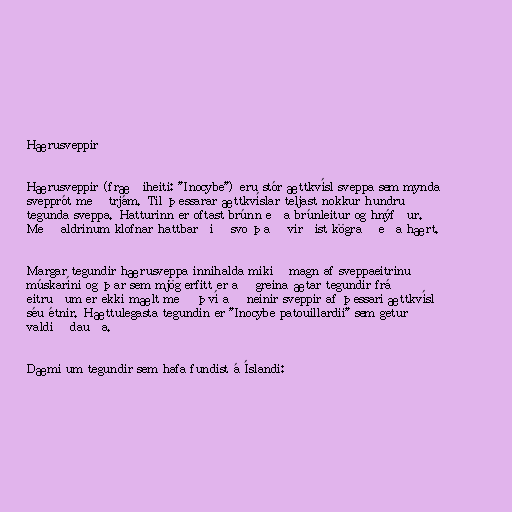
Hærusveppir

Hærusveppir (fræðiheiti: "Inocybe") eru stór ættkvísl sveppa sem mynda
svepprót með trjám. Til þessarar ættkvíslar teljast nokkur hundruð
tegunda sveppa. Hatturinn er oftast brúnn eða brúnleitur og hnýfður.
Með aldrinum klofnar hattbarðið svo það virðist kögrað eða hært.

Margar tegundir hærusveppa innihalda mikið magn af sveppaeitrinu
múskaríni og þar sem mjög erfitt er að greina ætar tegundir frá
eitruðum er ekki mælt með því að neinir sveppir af þessari ættkvísl
séu étnir. Hættulegasta tegundin er "Inocybe patouillardii" sem getur
valdið dauða.

Dæmi um tegundir sem hafa fundist á Íslandi: